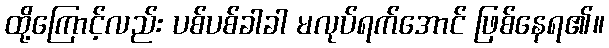
ထို့ကြောင့်လည်း ပစ်ပစ်ခါခါ မလုပ်ရက်အောင် ဖြစ်နေရ၏။